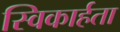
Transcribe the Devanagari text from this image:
स्विकार्हता